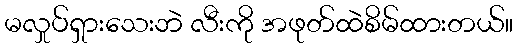
မလှုပ်ရှားသေးဘဲ လီးကို အဖုတ်ထဲစိမ်ထားတယ်။